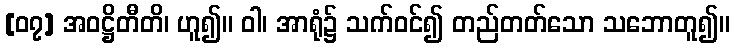
[၀၇] အဝဋ္ဌိတီတိ၊ ဟူ၍။ ဝါ၊ အာရုံ၌ သက်ဝင်၍ တည်တတ်သော သဘောတူ၍။